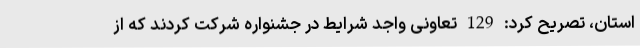
استان، تصریح کرد: 129 تعاونی واجد شرایط در جشنواره شرکت کردند که از